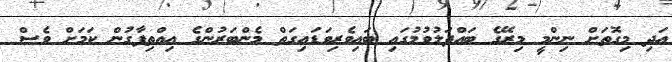
އަދި މިގޮތަށް ނިންމީ މިރޭގެ ބައްދަލުވުމުގައި ބައިވެރިވަޑައިގަތް މެންބަރުންގެ އިއްތިފާގުން ކަމަށް ވެސް